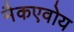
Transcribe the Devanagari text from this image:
मैकएवोय